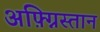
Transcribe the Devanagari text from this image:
अफ़्ग्निस्तान